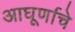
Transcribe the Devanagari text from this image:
आघूर्णाचे